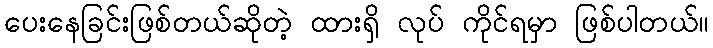
ပေးနေခြင်းဖြစ်တယ်ဆိုတဲ့ ထားရှိ လုပ် ကိုင်ရမှာ ဖြစ်ပါတယ်။